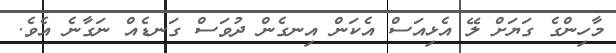
މާހިންގެ ގަޔަށް ލޭ އެޅިއަސް އެކަން އިނގެން ދުވަސް ގަނޑެއް ނަގާނެ އެވެ.